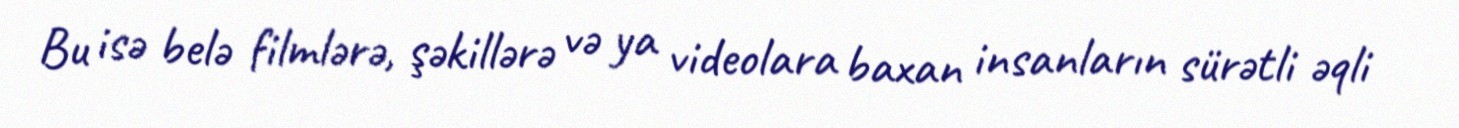
Bu isə belə filmlərə, şəkillərə və ya videolara baxan insanların sürətli əqli